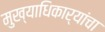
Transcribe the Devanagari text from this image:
मुख्याधिकार्‍यांचा